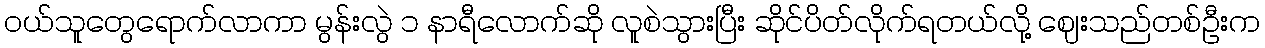
ဝယ်သူတွေရောက်လာကာ မွန်းလွဲ ၁ နာရီလောက်ဆို လူစဲသွားပြီး ဆိုင်ပိတ်လိုက်ရတယ်လို့ ဈေးသည်တစ်ဦးက